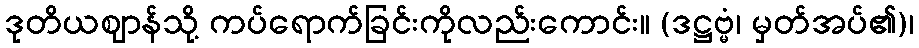
ဒုတိယဈာန်သို့ ကပ်ရောက်ခြင်းကိုလည်းကောင်း။ (ဒဋ္ဌဗ္မံ၊ မှတ်အပ်၏)၊